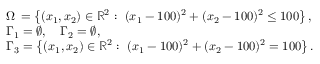
\begin{array} { r l } & { \Omega \, = \left\{ ( x _ { 1 } , x _ { 2 } ) \in \mathbb { R } ^ { 2 } : \ ( x _ { 1 } - 1 0 0 ) ^ { 2 } + ( x _ { 2 } - 1 0 0 ) ^ { 2 } \leq 1 0 0 \right\} , } \\ & { \Gamma _ { 1 } = \varnothing , \quad \Gamma _ { 2 } = \varnothing , } \\ & { \Gamma _ { 3 } = \left\{ ( x _ { 1 } , x _ { 2 } ) \in \mathbb { R } ^ { 2 } : \ ( x _ { 1 } - 1 0 0 ) ^ { 2 } + ( x _ { 2 } - 1 0 0 ) ^ { 2 } = 1 0 0 \right\} . } \end{array}